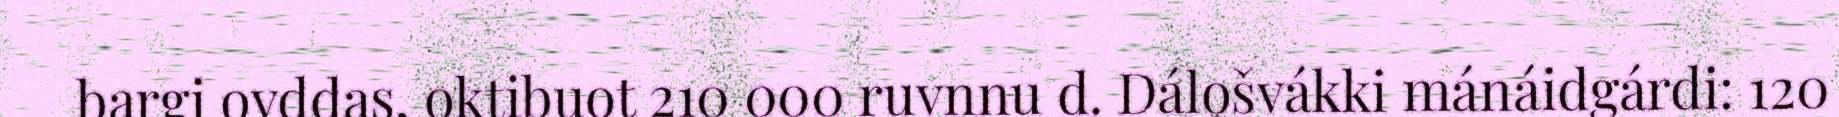
bargi ovddas, oktibuot 210 000 ruvnnu d. Dálošvákki mánáidgárdi: 120